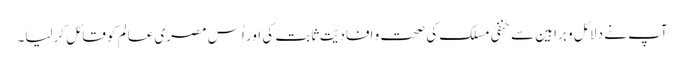
آپ نے دلائل و براہین سے حنفی مسلک کی صحت و افادیّت ثابت کی اور اُس مصری عالم کو قائل کرلیا۔